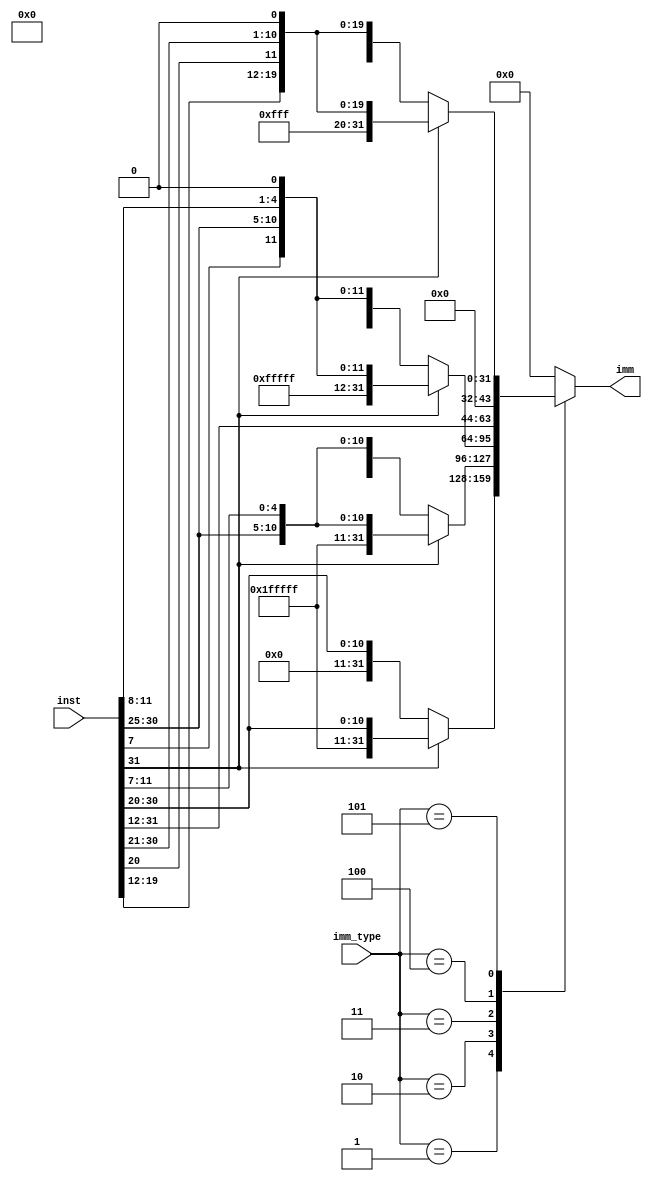
module Immediate(
    input [31:0] inst,
    input [2:0] imm_type,
    output reg [31:0] imm
);
    always @(*) begin
        case (imm_type)
            3'b001: // I-type
                if (inst[31])
                    imm = {20'hFFFFF, inst[31:20]}; // 
                else
                    imm = {20'b0, inst[31:20]};
            3'b010: // S-type
                if (inst[31])
                    imm = {20'hFFFFF, inst[31:25], inst[11:7]};
                else
                    imm = {20'b0, inst[31:25], inst[11:7]};
            3'b011: // B-type
                if (inst[31])
                    imm = {3'b111, 16'hFFFF, inst[31], inst[7], inst[30:25], inst[11:8], 1'b0};
                else
                    imm = {19'b0, inst[31], inst[7], inst[30:25], inst[11:8], 1'b0};
            3'b100: // U-type, 12
                imm = {inst[31:12], 12'b0};
            3'b101: // J-type
                if (inst[31])
                    imm = {11'h7FF, inst[31], inst[19:12], inst[20], inst[30:21], 1'b0};
                else
                    imm = {11'b0, inst[31], inst[19:12], inst[20], inst[30:21], 1'b0};
            default: imm = 32'b0;
        endcase
    end
endmodule